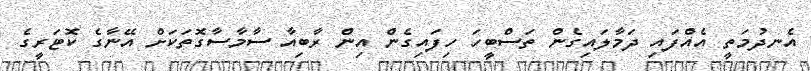
އެނދުމަތީ އެއްފައި ދަމާލައިގެން ތަސްބީހަ ހިފައިގެން އިން ރާބިއާ ސާމާސާގޮތަކަށް އޭނާގެ ކޮޓަރީގެ